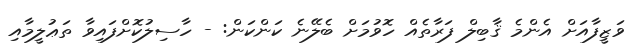
ވަޒީފާއަށް އެންމެ ޤާބިލް ފަރާތެއް ހޮވުމަށް ބެލޭނެ ކަންކަން: - ހާސިލުކޮށްފައިވާ ތަޢުލީމާއި